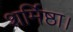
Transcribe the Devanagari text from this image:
शर्मिष्ठा।